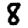
Digit: 8